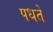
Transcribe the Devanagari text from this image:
पधते